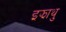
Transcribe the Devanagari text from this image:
इझाथु